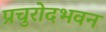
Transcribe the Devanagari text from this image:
प्रचुरोदभवन